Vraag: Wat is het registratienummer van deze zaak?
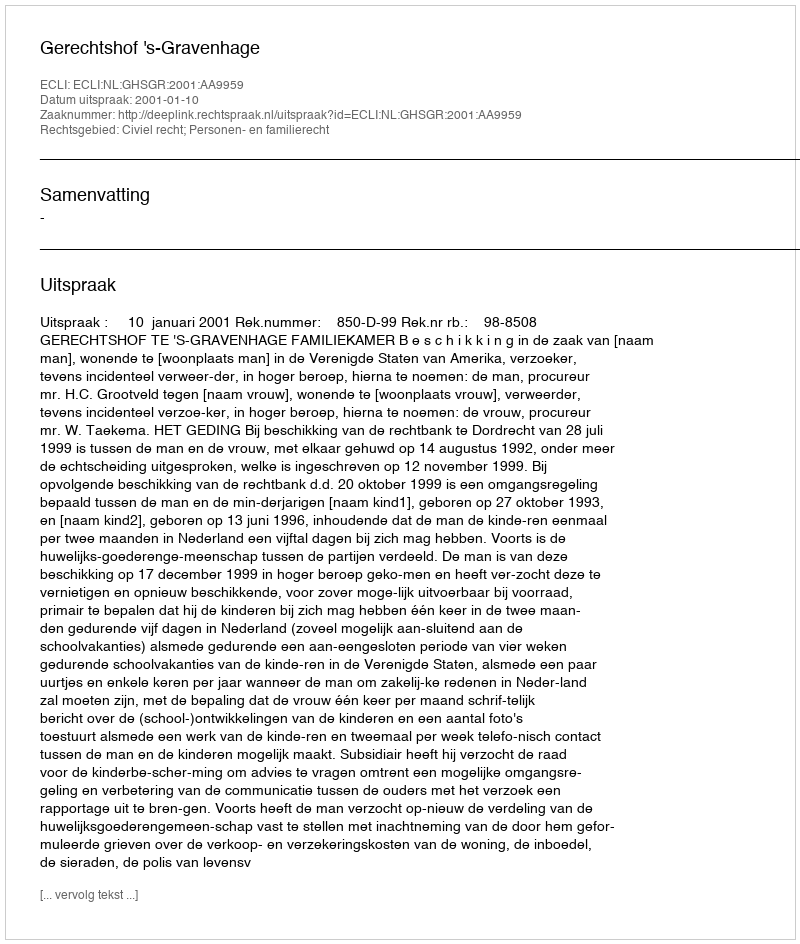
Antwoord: http://deeplink.rechtspraak.nl/uitspraak?id=ECLI:NL:GHSGR:2001:AA9959